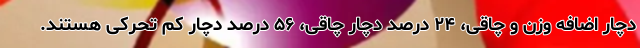
دچار اضافه وزن و چاقی، ۲۴ درصد دچار چاقی، ۵۶ درصد دچار کم تحرکی هستند.